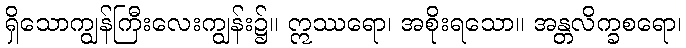
ရှိသောကျွန်ကြီးလေးကျွန်း၌။ ဣဿရော၊ အစိုးရသော။ အန္တလိက္ခစရော၊